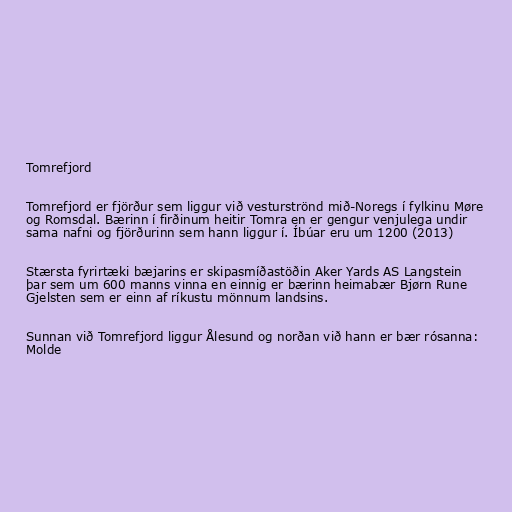
Tomrefjord

Tomrefjord er fjörður sem liggur við vesturströnd mið-Noregs í fylkinu Møre
og Romsdal. Bærinn í firðinum heitir Tomra en er gengur venjulega undir
sama nafni og fjörðurinn sem hann liggur í. Íbúar eru um 1200 (2013)

Stærsta fyrirtæki bæjarins er skipasmíðastöðin Aker Yards AS Langstein
þar sem um 600 manns vinna en einnig er bærinn heimabær Bjørn Rune
Gjelsten sem er einn af ríkustu mönnum landsins.

Sunnan við Tomrefjord liggur Ålesund og norðan við hann er bær rósanna:
Molde